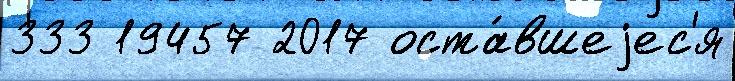
333 19457 2017 оста́вшеjес'я